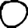
Digit: 0